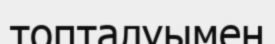
топталуымен